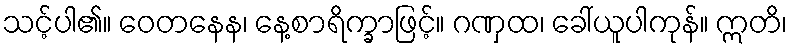
သင့်ပါ၏။ ဝေတနေန၊ နေ့စာရိက္ခာဖြင့်။ ဂဏှထ၊ ခေါ်ယူပါကုန်။ ဣတိ၊